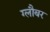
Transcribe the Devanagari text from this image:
ग्लौबर